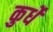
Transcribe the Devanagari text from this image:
कुर्धे